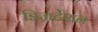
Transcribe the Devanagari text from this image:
डिज़र्टेशन